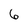
Character: 6